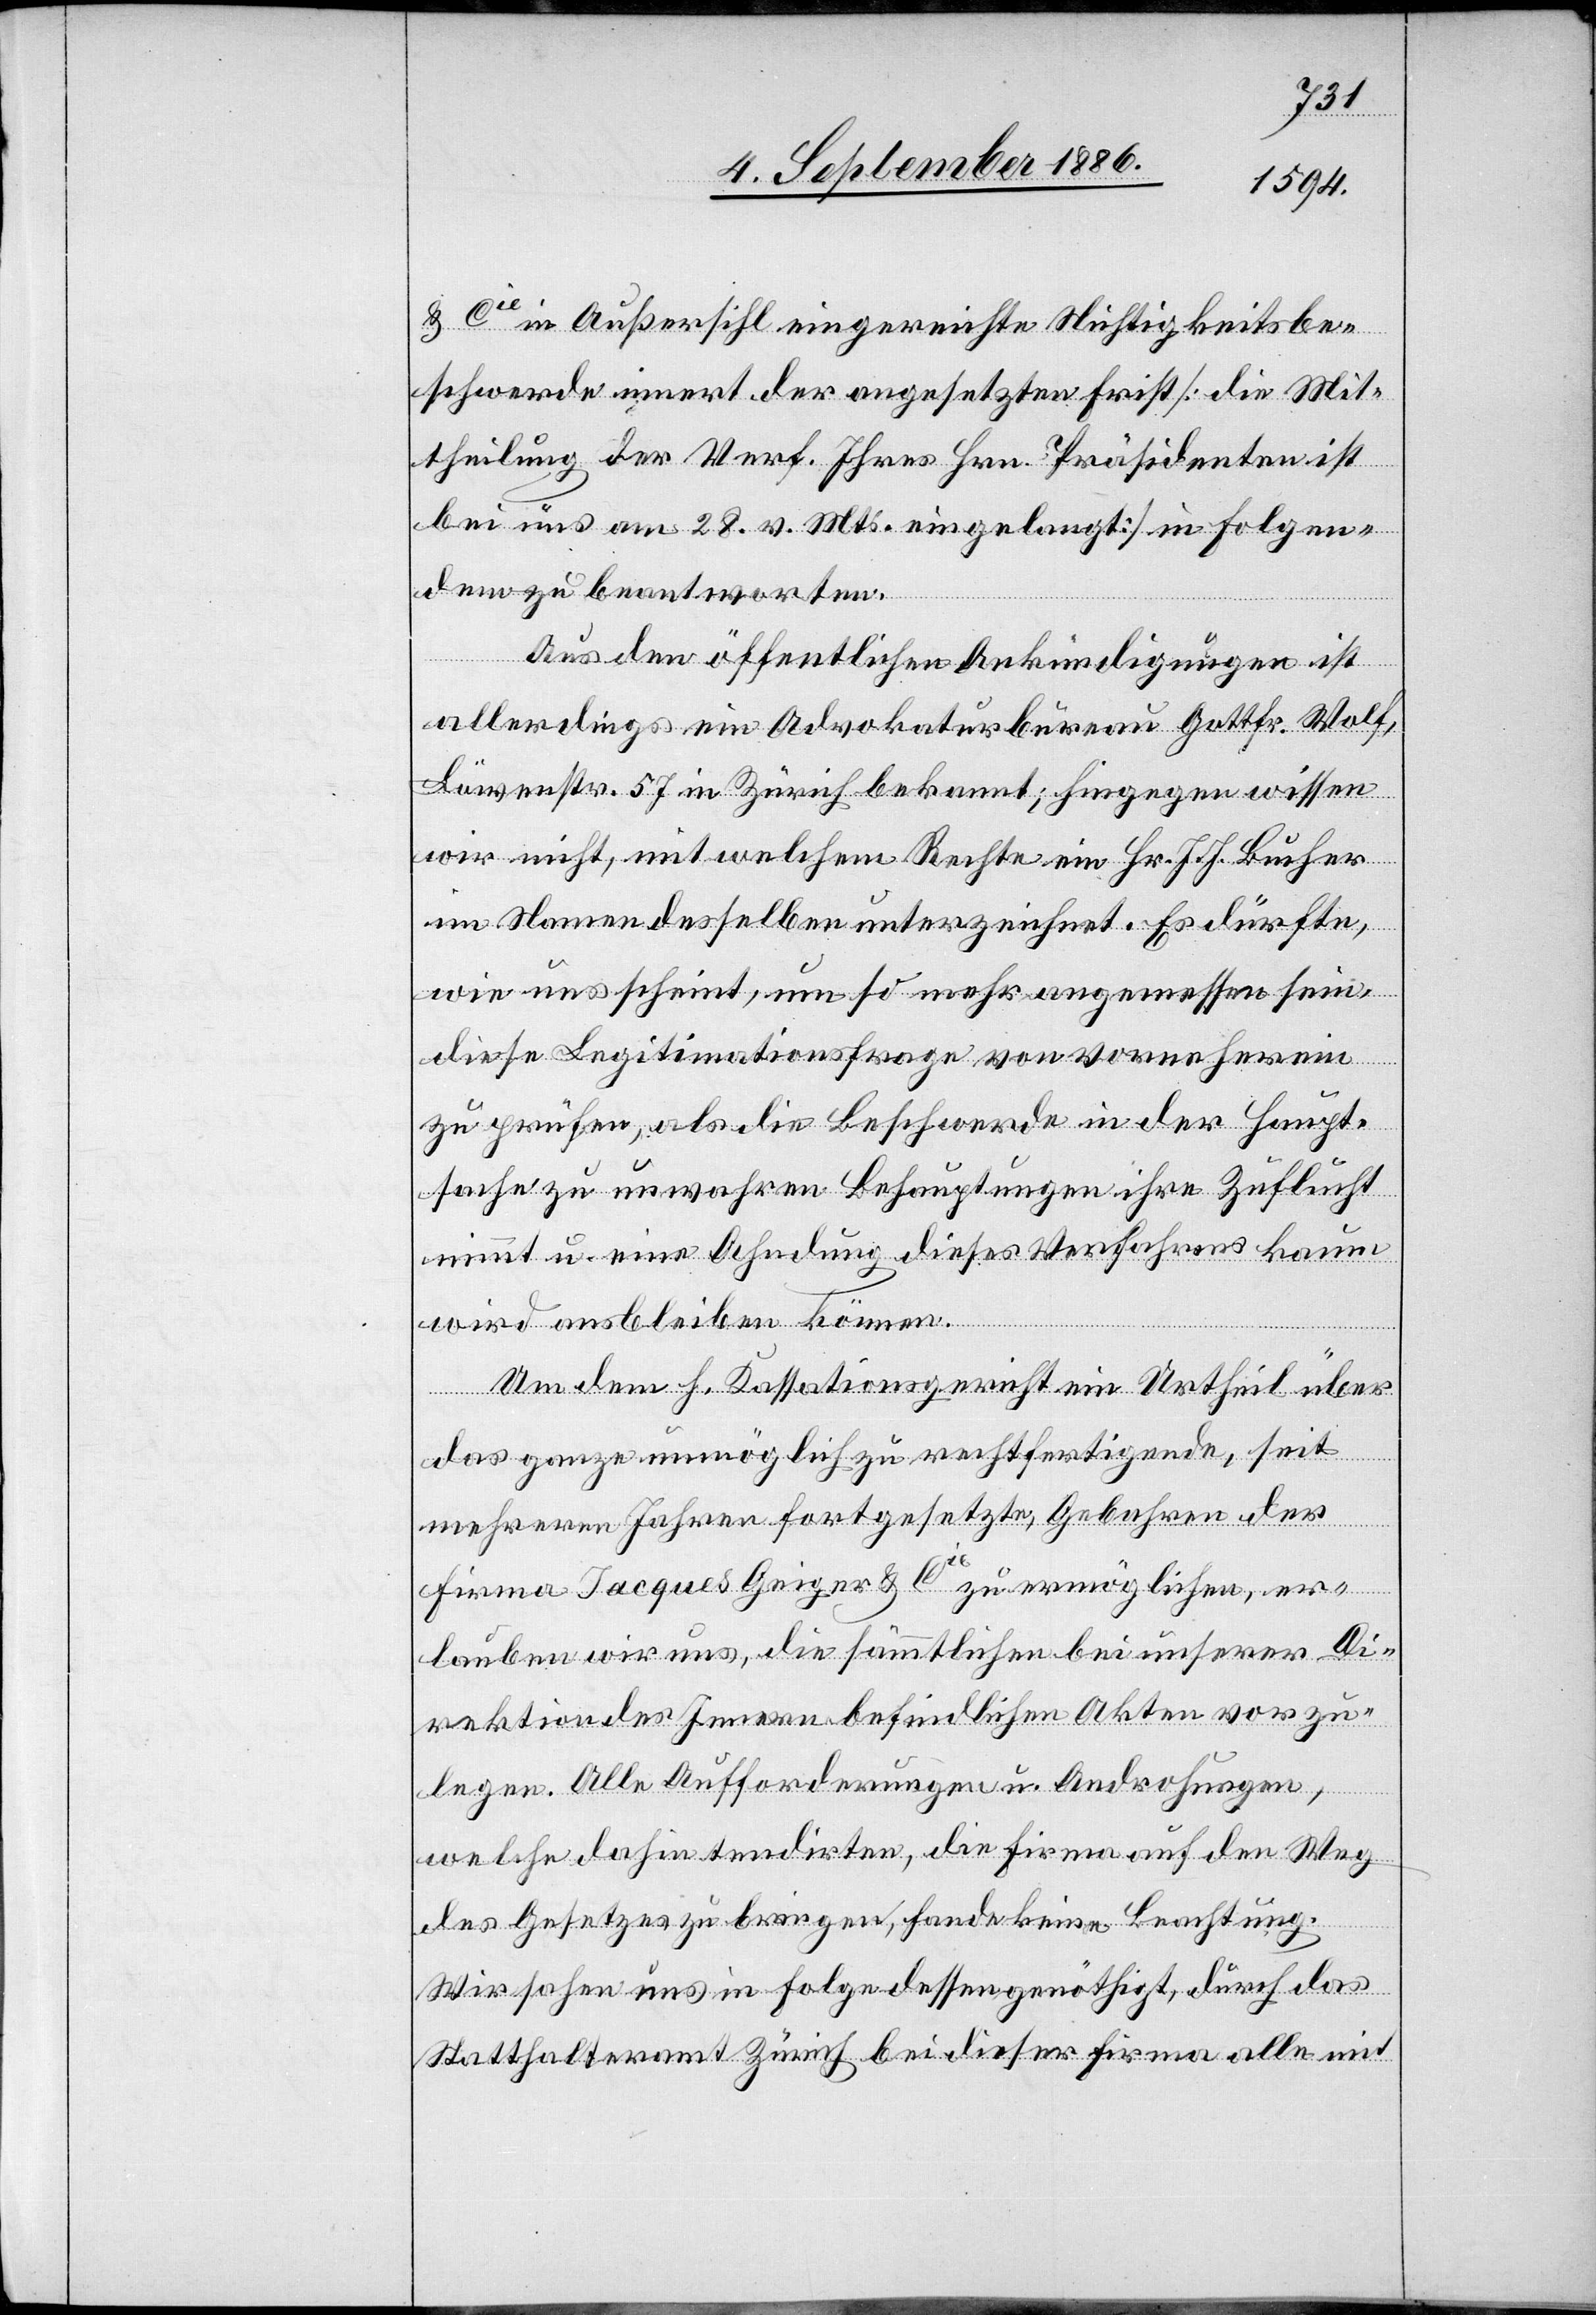
& Cie in Außersihl eingereichte Nichtigkeitsbe¬
schwerde innert der angesetzten Frist [die Mit¬
theilung der Verf. [sic!] Ihres Hrn. Präsidenten ist
bei uns am 28. v. Mts. eingelangt] in Folgen¬
dem zu beantworten:
Aus den öffentlichen Ankündigungen ist
allerdings ein Advokaturbureau Gottfr. Wolf,
Löwenstr. 57 in Zürich bekannt; hingegen wissen
wir nicht, mit welchem Rechte ein Hr. J. J. Bucher
im Namen desselben unterzeichnet. Es dürfte,
wie uns erscheint, um so mehr angemessen sein,
diese Legitimationsfrage von vorneherein
zu prüfen, als die Beschwerde in der Haupt¬
sache zu unwahren Behauptungen ihre Zuflucht
nimmt u. eine Ahndung dieses Verfahrens kaum
wird ausbleiben können.
Um dem h. Kassationsgericht ein Urtheil über
das ganze unmöglich zu rechtfertigende, seit
mehreren Jahren fortgesetzte, Gebahren der
Firma Jacques Geiger & Cie zu ermöglichen, er¬
lauben wir uns, die sämmtlichen bei unserer Di¬
rektion des Innern befindlichen Akten vorzu¬
legen. Alle Aufforderungen u. Androhungen,
welche dahin tendirten, die Firma auf den Weg
des Gesetzes zu bringen, fande[n] keine Beachtung.
Wir sahen uns in Folge dessen genöthigt, durch das
Statthalteramt Zürich bei dieser Firma alle mit